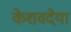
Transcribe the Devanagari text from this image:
केशवदेया